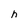
Character: h